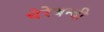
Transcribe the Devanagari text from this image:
घेरेबन्दी